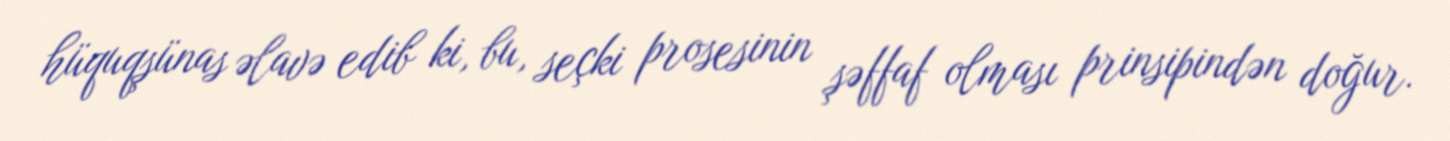
hüquqşünas əlavə edib ki, bu, seçki prosesinin şəffaf olması prinsipindən doğur.